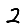
Digit: 2